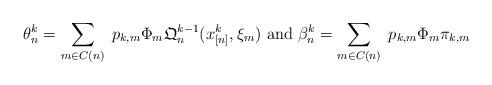
LaTeX: \begin{align*}\theta_{n}^k = \sum_{m \in C(n)}\; p_{k, m} \Phi_m \mathfrak{Q}_n^{k-1}( x_{[n]}^k, \xi_{m}) \mbox{ and }\beta_{n}^k = \sum_{m \in C(n)}\; p_{k, m} \Phi_m \pi_{k, m}\end{align*}